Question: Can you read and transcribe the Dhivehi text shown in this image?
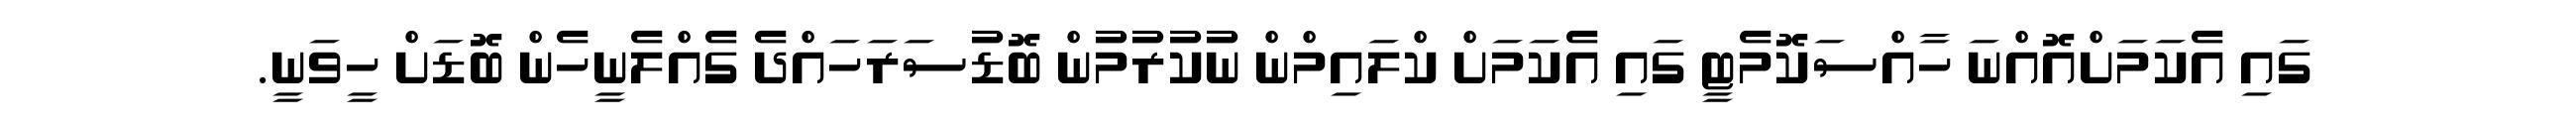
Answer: ގައި އެކަމަށްއޮއްނަ ހާއްސަކޮމެޓީ ގައި އެކަމަށް ކްލައިމްން ނުކުރުމުން ބޮޑުސަރަހައްދެ ގެއްލެނީހެން ބޮޑަށް ހީވަނީ.